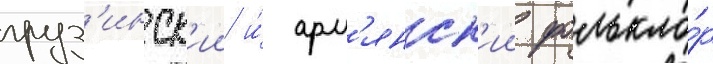
груз'инск'ии и́ арм'янск'ии фолькло́р